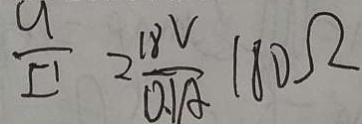
\frac { u } { I ^ { \prime } } = \frac { 1 8 V } { 0 . 1 A } 1 8 0 \Omega